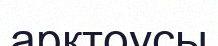
арктоусы